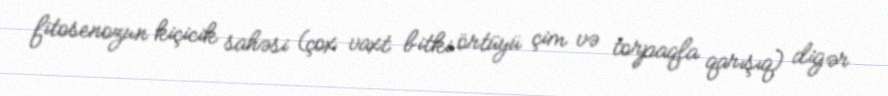
fitosenozun kiçicik sahəsi (çox vaxt bitki örtüyü çim və torpaqla qarışıq) digər